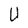
Character: U